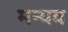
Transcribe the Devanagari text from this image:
मन्यव